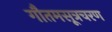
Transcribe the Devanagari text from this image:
गौतमसूत्रचरण